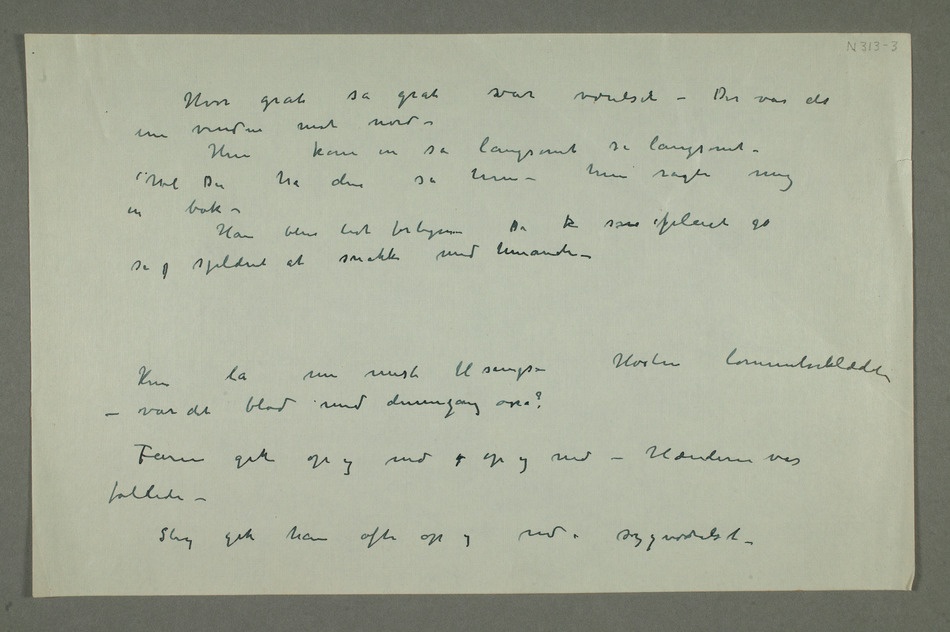
Hvor gråt så gråt var værelset – Det var det ene
vindu mot nord –
Hun kom in så langsomt så langsomt –
du ha den sa hun – hun ragte mig en
bok –
Han blev lidt forlegen – De   pleiet jo så
sjeldent at snakke med hinanden –
lå nu mest til sengs – Hostenlommetørklædet –
det blod med dennegang osså?
Faren gik op og ned – op og ned – Hændene var
foldede –
Slig gik han ofte op og ned i sygeværelset –